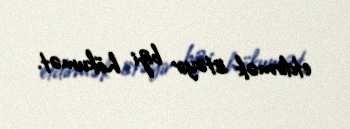
etdirmək istəyir bizi hökumət.